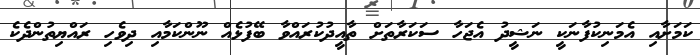
ކަމަށާއި އެމަނިކުފާނަކީ ނަޝީދު އެޖަހާ ސަކަރާތަށް ތާއީދުކުރައްވާ ބޭފުޅެއް ނޫންކަމާއި ދިވެހި ރައްޔިތުންދެކެ